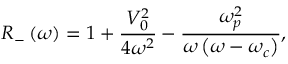
R _ { - } \left( \omega \right) = 1 + \frac { V _ { 0 } ^ { 2 } } { 4 \omega ^ { 2 } } - \frac { \omega _ { p } ^ { 2 } } { \omega \left( \omega - \omega _ { c } \right) } ,